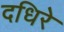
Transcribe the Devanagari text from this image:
दधिरे